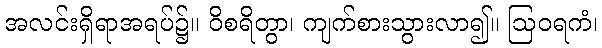
အလင်းရှိရာအရပ်၌။ ဝိစရိတွာ၊ ကျက်စားသွားလာ၍။ ဩဝရကံ၊